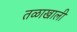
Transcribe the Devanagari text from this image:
तळाखाली